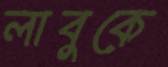
লাবুকে